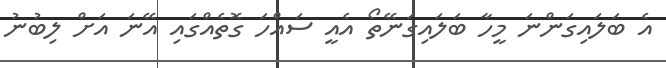
އެ ބަލައިގަންނަ މީހާ ބަލައިގަނޭތޯ އެއީ ސައްހަ ގޮތެއްގައި އޭނަ އަށް ލިބުނު